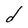
Character: d